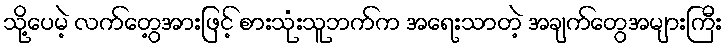
သို့ပေမဲ့ လက်တွေ့အားဖြင့် စားသုံးသူဘက်က အရေးသာတဲ့ အချက်တွေအများကြီး